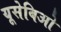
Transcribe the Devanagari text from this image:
यूसेबिओ